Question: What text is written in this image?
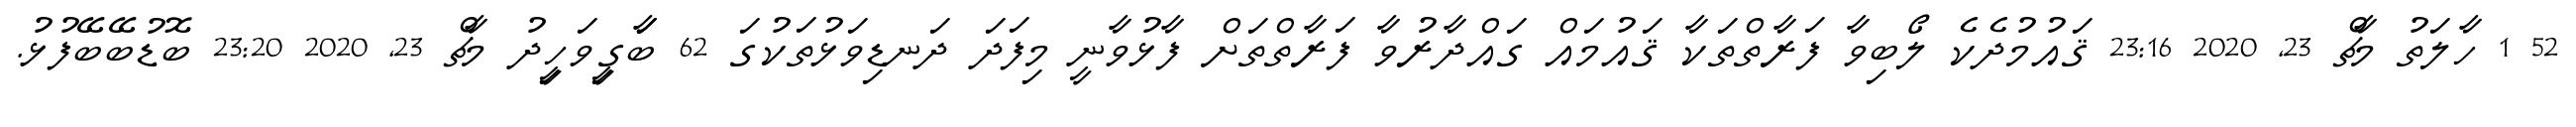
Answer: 52 1 ހާލަތު މާޗް 23, 2020 23:16 ޤައުމުދެކެ ލޯބިވާ ފަރާތްތަކާ ޤައުމައް ގައްދާރުވާ ފަރާތްތަށް ފާޅުވާނީ މިފަދަ ދަނޑިވަޅުތަކުގަ 62 ބަަާގީިވަހީިދު މާޗް 23, 2020 23:20 ބޮޑުބޭބޭފުޅު.